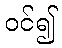
ဝင်၍